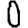
Digit: 0